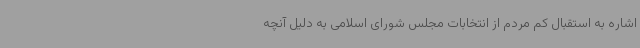
اشاره به استقبال کم مردم از انتخابات مجلس شورای اسلامی به دلیل آنچه